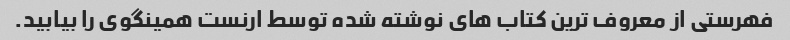
فهرستی از معروف ترین کتاب های نوشته شده توسط ارنست همینگوی را بیابید.